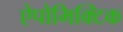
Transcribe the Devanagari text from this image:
ऐपोमिक्टिक